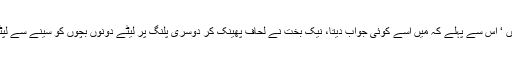
’ نہیں ‘ اس سے پہلے کہ میں اسے کوئی جواب دیتا، نیک بخت نے لحاف پھینک کر دوسری پلنگ پر لیٹے دونوں بچوں کو سینے سے لپٹا لیا۔